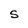
Character: S